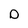
Character: D